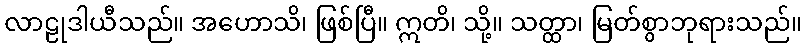
လာဠုဒါယီသည်။ အဟောသိ၊ ဖြစ်ပြီ။ ဣတိ၊ သို့။ သတ္ထာ၊ မြတ်စွာဘုရားသည်။